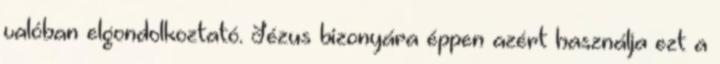
valóban elgondolkoztató. Jézus bizonyára éppen azért használja ezt a